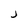
Character: J